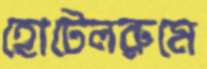
হোটেলরুমে